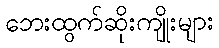
ဘေးထွက်ဆိုးကျိုးများ